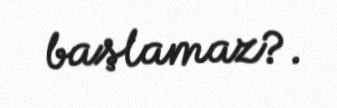
başlamaz?.